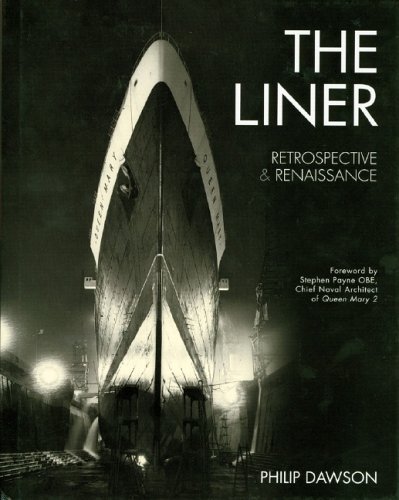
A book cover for The Liner: Retrospective and Renaissance; Philip Dawson; Arts & Photography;